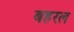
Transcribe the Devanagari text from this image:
बहरल